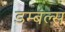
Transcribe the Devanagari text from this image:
डम्बल्स